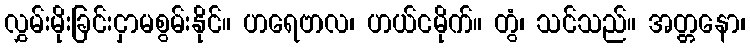
လွှမ်းမိုးခြင်းငှာမစွမ်းနိုင်။ ဟရေဗာလ၊ ဟယ်ငမိုက်။ တွံ၊ သင်သည်။ အတ္တနော၊